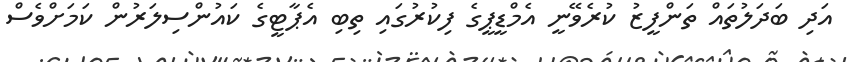
އަދި ބަދަލުތައް ތަންފީޒު ކުރެވޭނީ އެމްޑީޕީގެ ފިކުރުގައި ތިބި އެޕާޓީގެ ކައުންސިލަރުން ކަމަށްވެސް